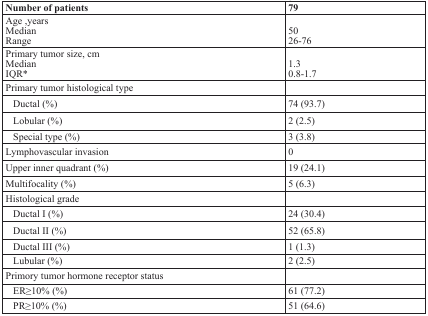
<table><thead><tr><td><b>Number of patients</b></td><td><b>79</b></td></tr></thead><tbody><tr><td>Age ,yearsMedianRange</td><td>5026-76</td></tr><tr><td>Primary tumor size, cmMedianIQR*</td><td>1.30.8-1.7</td></tr><tr><td>Primary tumor histological type</td><td>[EMPTY_CELL]</td></tr><tr><td>Ductal (%)</td><td>74 (93.7)</td></tr><tr><td>Lobular (%)</td><td>2 (2.5)</td></tr><tr><td>Special type (%)</td><td>3 (3.8)</td></tr><tr><td>Lymphovascular invasion</td><td>0</td></tr><tr><td>Upper inner quadrant (%)</td><td>19 (24.1)</td></tr><tr><td>Multifocality (%)</td><td>5 (6.3)</td></tr><tr><td>Histological grade</td><td>[EMPTY_CELL]</td></tr><tr><td>Ductal I (%)</td><td>24 (30.4)</td></tr><tr><td>Ductal II (%)</td><td>52 (65.8)</td></tr><tr><td>Ductal III (%)</td><td>1 (1.3)</td></tr><tr><td>Lubular (%)</td><td>2 (2.5)</td></tr><tr><td>Primory tumor hormone receptor status</td><td>[EMPTY_CELL]</td></tr><tr><td>ER≥10% (%)</td><td>61 (77.2)</td></tr><tr><td>PR≥10% (%)</td><td>51 (64.6)</td></tr></tbody></table>